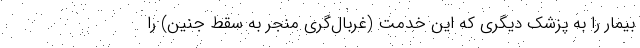
بیمار را به پزشک دیگری که این خدمت (غربال‌گری منجر به سقط جنین) را